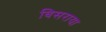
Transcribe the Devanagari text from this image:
बिसराया